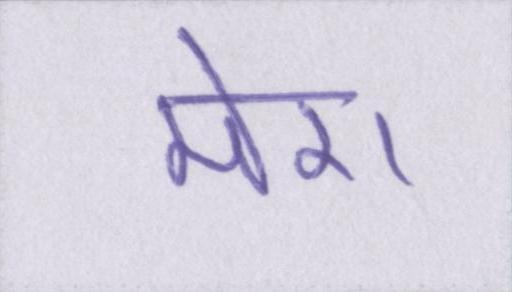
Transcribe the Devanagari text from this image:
मेरा